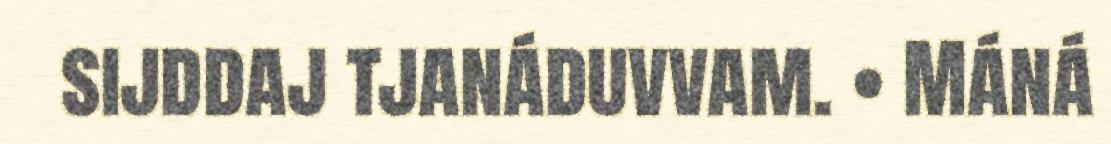
sijddaj tjanáduvvam. • Máná